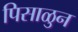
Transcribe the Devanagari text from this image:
पिसाळुन